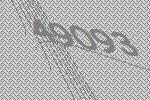
49093